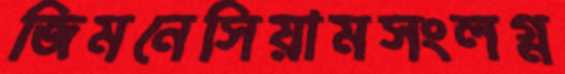
জিমনেসিয়ামসংলগ্ন